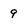
Character: 9